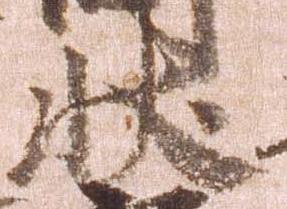
状